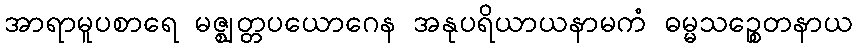
အာရာမူပစာရေ မဇ္ဈတ္တပယောဂေန အနုပရိယာယနာမကံ ဓမ္မသဉ္စေတနာယ